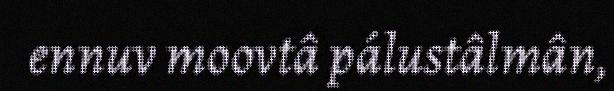
ennuv moovtâ pálustâlmân,